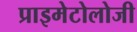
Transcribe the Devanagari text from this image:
प्राइमेटोलोजी